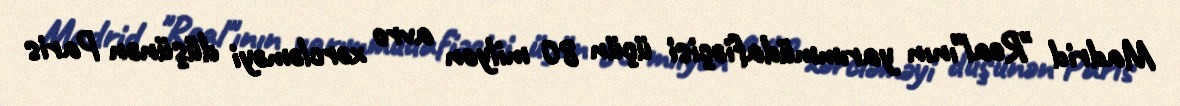
Madrid "Real"ının yarımmüdafiəçisi üçün 80 milyon avro xərcləməyi düşünən Paris